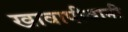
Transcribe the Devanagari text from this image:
खावापीवानी